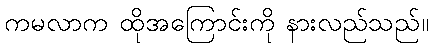
ကမလာက ထိုအကြောင်းကို နားလည်သည်။